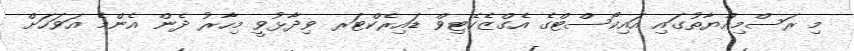
މި ރަސްމިއްޔާތުގައި އައިކޯސްޓްގެ އެގްޒެކެޓިވް ޑައިރެކްޓަރ ވިދާޅުވީ މިހާރު ދެން އެންމެ އަވަހަށް